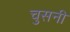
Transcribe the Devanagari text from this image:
चुसनी